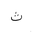
Letter: _tha